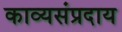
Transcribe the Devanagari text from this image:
काव्यसंप्रदाय